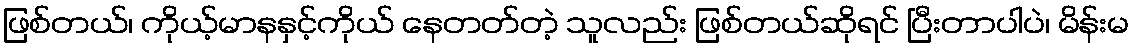
ဖြစ်တယ်၊ ကိုယ့်မာနနှင့်ကိုယ် နေတတ်တဲ့ သူလည်း ဖြစ်တယ်ဆိုရင် ပြီးတာပါပဲ၊ မိန်းမ